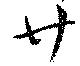
廿